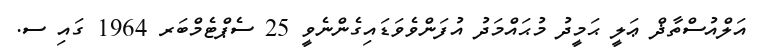
އަލްއުސްތާޛް ޢަލީ ޙަމީދު މުޙައްމަދު އުފަންވެވަޑައިގެންނެވީ 25 ސެޕްޓެމްބަރ 1964 ގައި ސ.